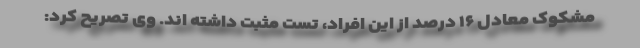
مشکوک معادل ۱۶ درصد از این افراد، تست مثبت داشته اند. وی تصریح کرد: